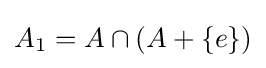
A_{1}=A\cap (A+\{e\})